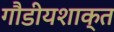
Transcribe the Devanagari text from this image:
गौडीयशाक्त